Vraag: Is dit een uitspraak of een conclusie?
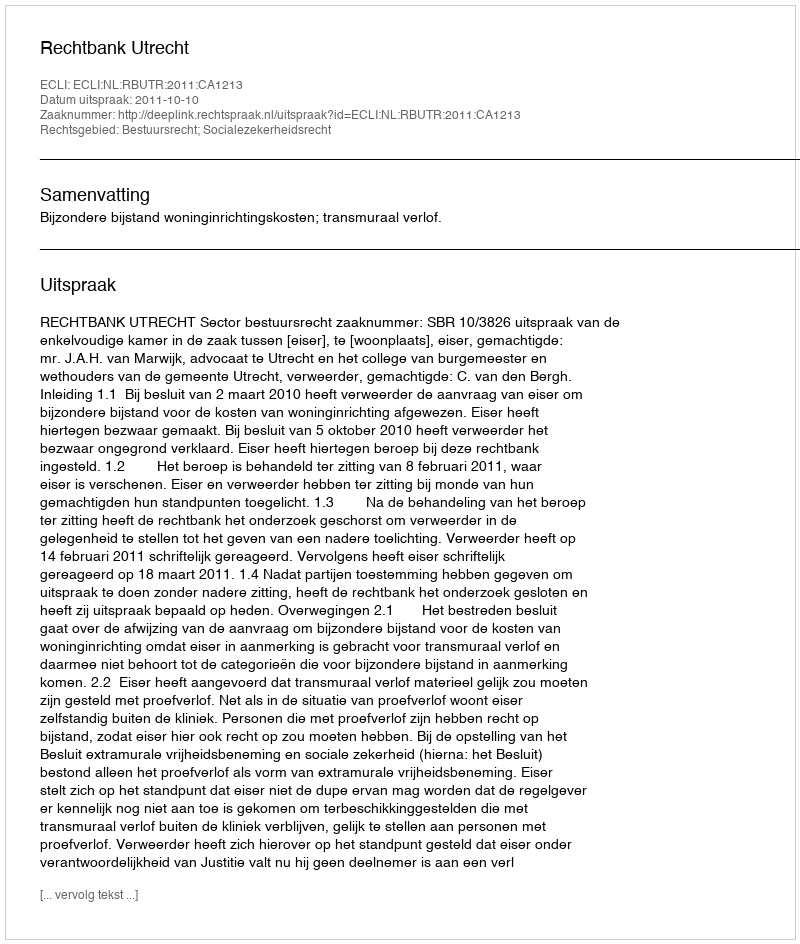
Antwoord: Uitspraak